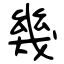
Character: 幾